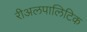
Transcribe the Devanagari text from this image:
रीअलपालिटिक